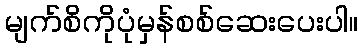
မျက်စိကိုပုံမှန်စစ်ဆေးပေးပါ။